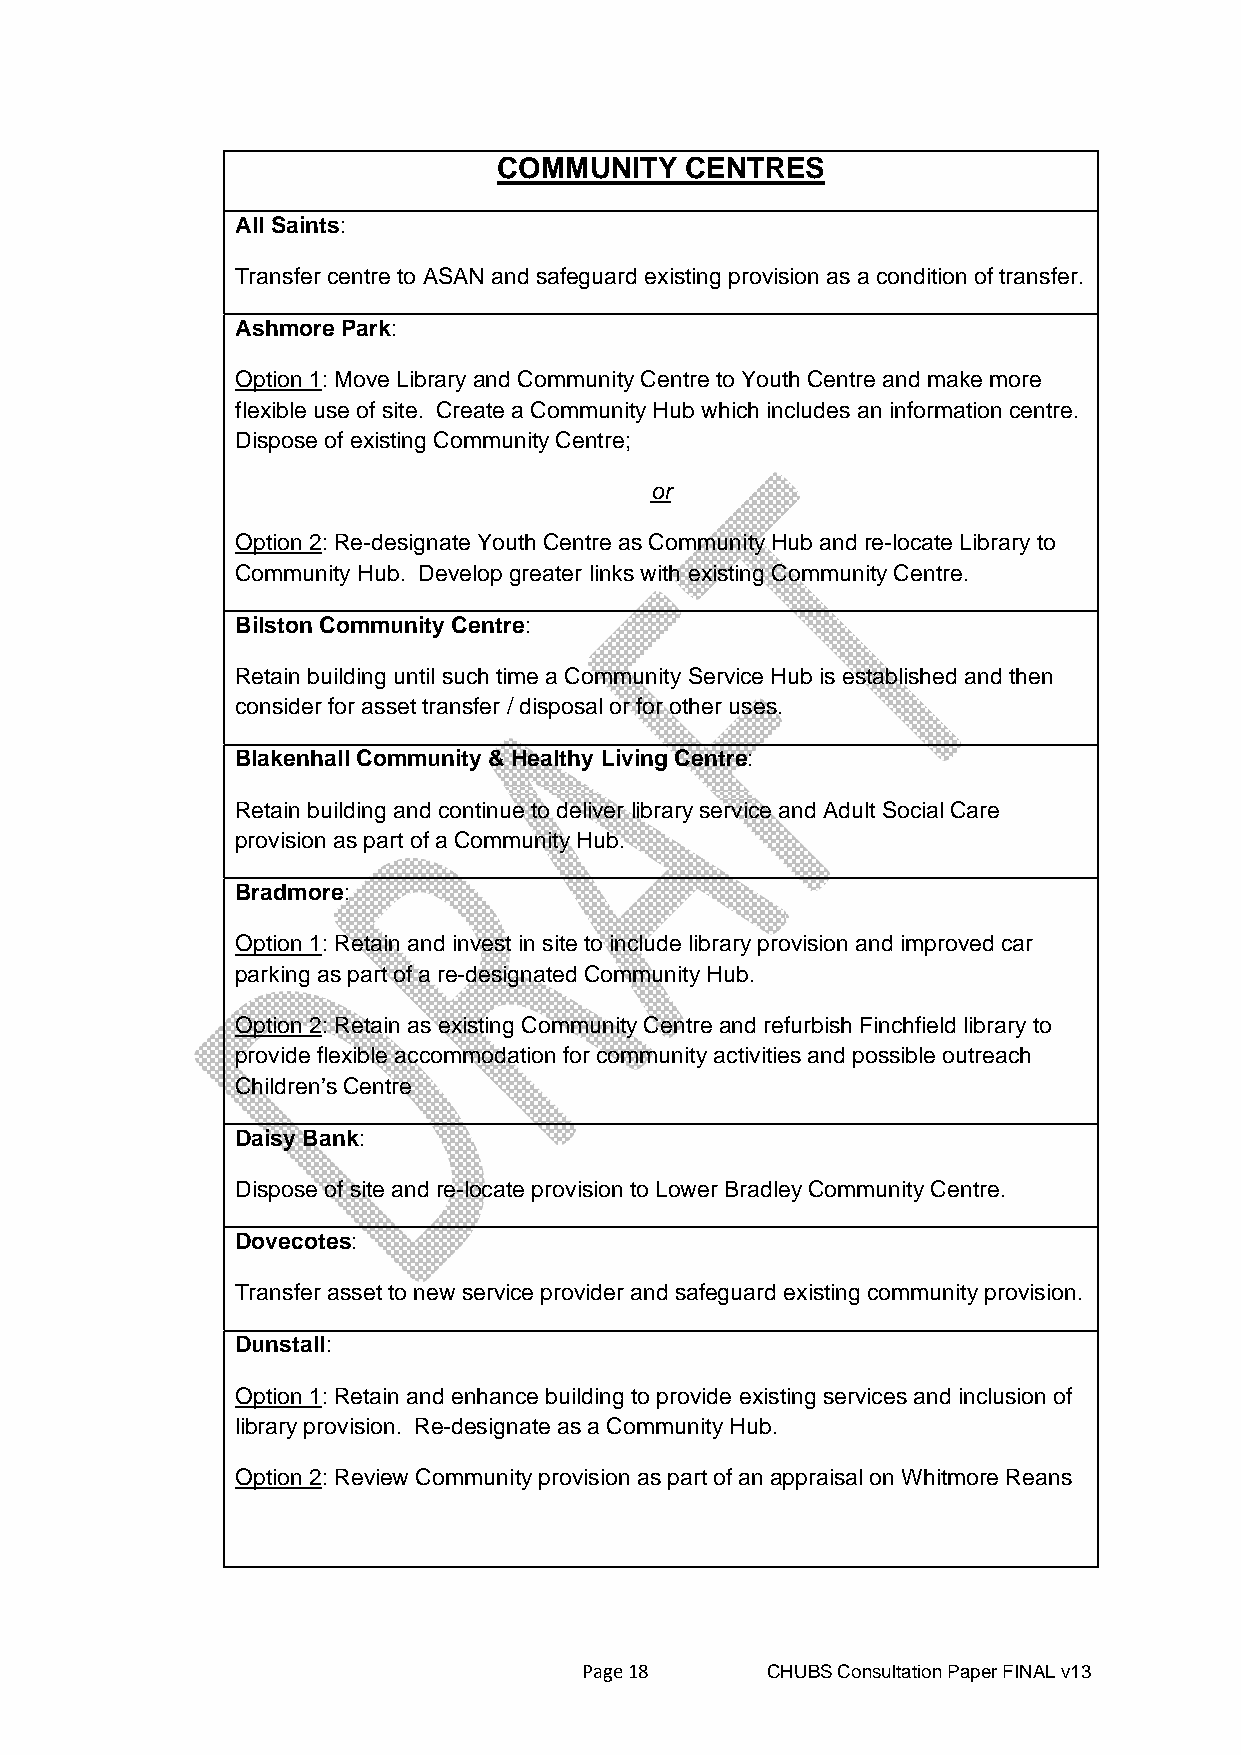
COMMUNITY   CENTRES
 All Saints:
 Transfer centre to ASAN and safeguard existing provision as a condition of transfer.
 Ashmore Park:
 Option 1: Move Library and Community Centre to Youth Centre and make more
 flexible use of site. Create a Community Hub which includes an information centre.
 Dispose of existing Community Centre;
 or
 Option 2: Re-designate Youth Centre as Community Hub and re-locate Library to
 Community Hub. Develop greater links with existing Community Centre.
 Bilston Community Centre:
 Retain building until such time a Community Service Hub is established and then
 consider for asset transfer / disposal or for other uses.
 Blakenhall Community & Healthy Living Centre:
 Retain building and continue to deliver library service and Adult Social Care
 provision as part of a Community Hub.
 Bradmore:
 Option 1: Retain and invest in site to include library provision and improved car
 parking as part of a re-designated Community Hub.
 Option 2: Retain as existing Community Centre and refurbish Finchfield library to
 provide flexible accommodation for community activities and possible outreach
 Children’s Centre
 Daisy Bank:
 Dispose of site and re-locate provision to Lower Bradley Community Centre.
 Dovecotes:
 Transfer asset to new service provider and safeguard existing community provision.
 Dunstall:
 Option 1: Retain and enhance building to provide existing services and inclusion of
 library provision. Re-designate as a Community Hub.
 Option 2: Review Community provision as part of an appraisal on Whitmore Reans
 Page 18     CHUBS Consultation Paper FINAL v13